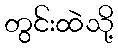
တွင်းထဲသို့